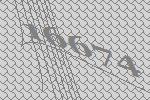
16674